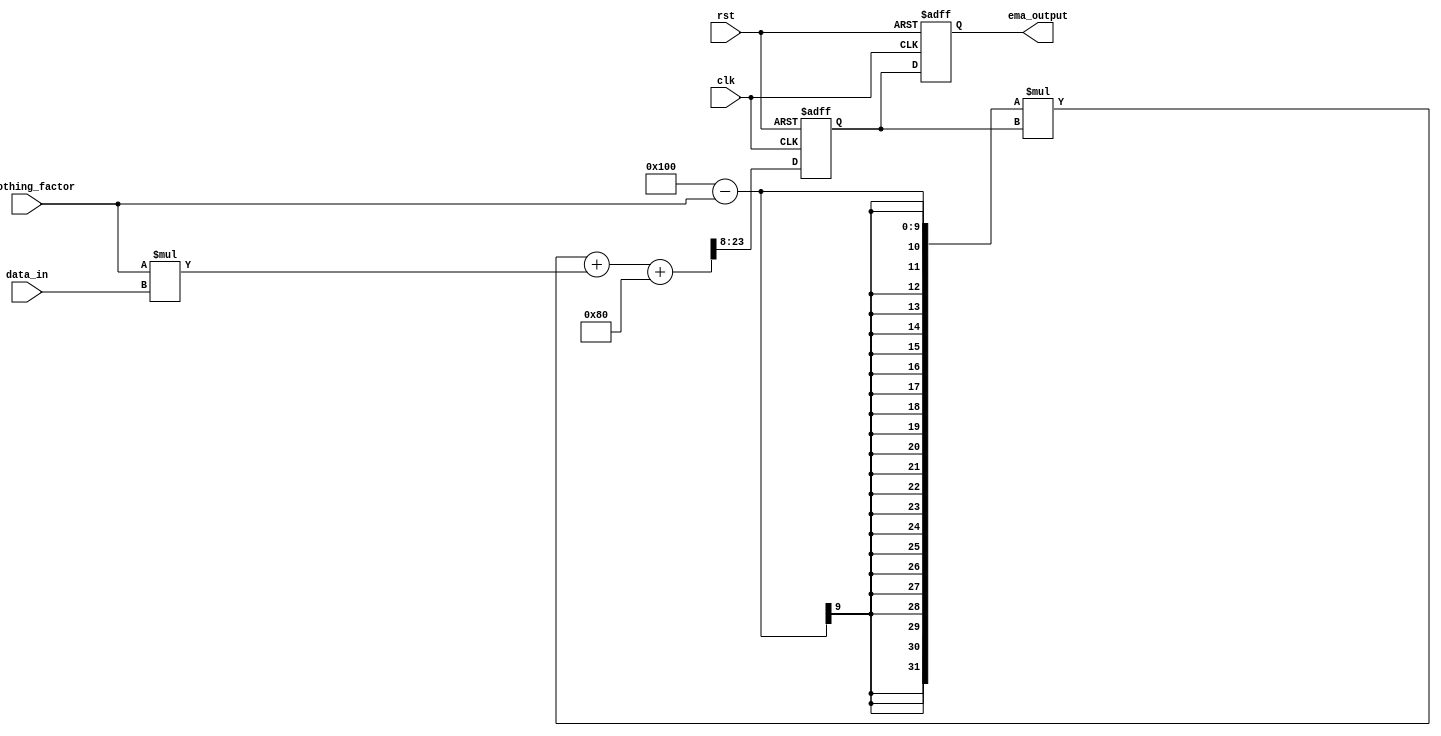
module ema_accumulator (
    input clk,
    input rst,
    input [15:0] data_in,
    input [7:0] smoothing_factor,
    output reg [15:0] ema_output
);

reg [15:0] ema_sum;

always @(posedge clk or posedge rst) begin
    if (rst) begin
        ema_sum <= 16'd0;
        ema_output <= 16'd0;
    end else begin
        ema_sum <= ((16'd256 - smoothing_factor) * ema_sum + (smoothing_factor * data_in) + 128) >> 8;
        ema_output <= ema_sum;
    end
end

endmodule